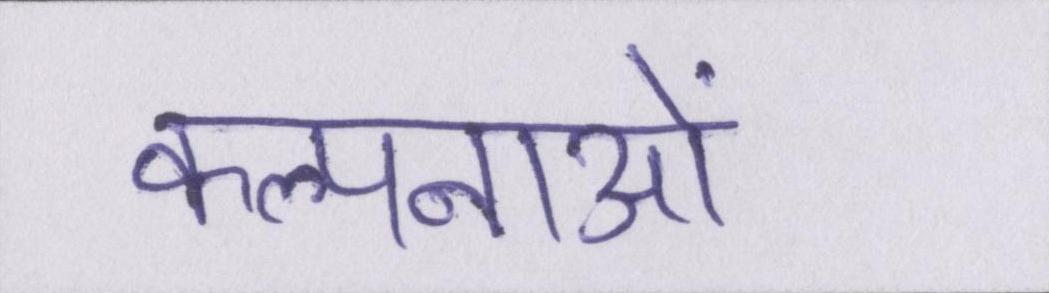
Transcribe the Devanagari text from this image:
कल्पनाओं